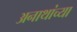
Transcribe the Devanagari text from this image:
अनाथांच्या